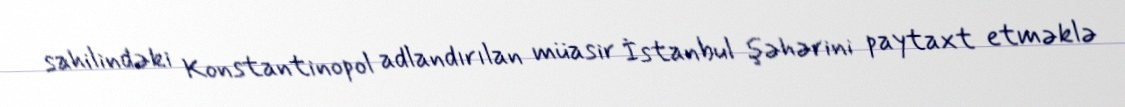
sahilindəki Konstantinopol adlandırılan müasir İstanbul şəhərini paytaxt etməklə